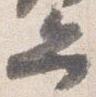
弁